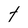
Character: t